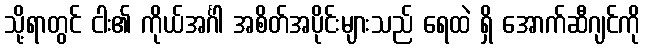
သို့ရာတွင် ငါး၏ ကိုယ်အင်္ဂါ အစိတ်အပိုင်းများသည် ရေထဲ ရှိ အောက်ဆီဂျင်ကို